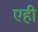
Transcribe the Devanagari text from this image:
एही